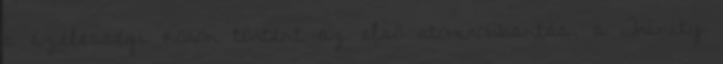
a szélességi körön történt az első atomrobbantás, a Trinity